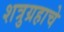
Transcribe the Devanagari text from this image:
शत्रुग्रहाचे